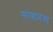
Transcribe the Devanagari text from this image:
संत्रारस